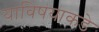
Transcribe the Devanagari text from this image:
याविषयाकडे